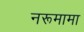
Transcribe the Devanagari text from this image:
नरूमामा